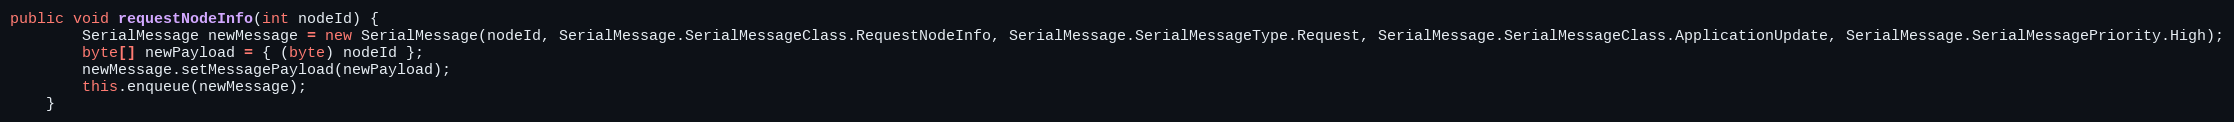
Language: Java
public void requestNodeInfo(int nodeId) {
		SerialMessage newMessage = new SerialMessage(nodeId, SerialMessage.SerialMessageClass.RequestNodeInfo, SerialMessage.SerialMessageType.Request, SerialMessage.SerialMessageClass.ApplicationUpdate, SerialMessage.SerialMessagePriority.High);
    	byte[] newPayload = { (byte) nodeId };
    	newMessage.setMessagePayload(newPayload);
    	this.enqueue(newMessage);
	}